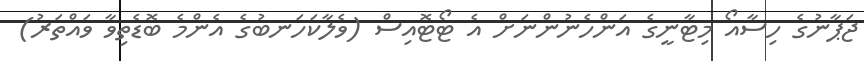
ޖަޕާނުގެ ހިސާއޯ މިޓާނީގެ އަންހެނުންނަށް އެ ޓޯޓޮއިސް (ވެލާކަހަނބުގެ އެންމެ ބޮޑެތިވާ ވައްތަރު)